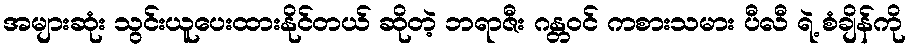
အများဆုံး သွင်းယူပေးထားနိုင်တယ် ဆိုတဲ့ ဘရာဇီး ဂန္တဝင် ကစားသမား ပီလီ ရဲ့ စံချိန်ကို